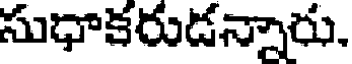
సుధాకరుడన్నారు.